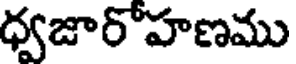
ధ్వజారోహణము